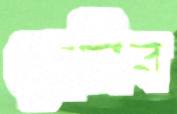
হেরিব